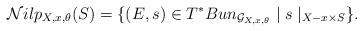
LaTeX: \begin{align*}\mathcal{N}ilp_{X,x,\theta}(S) = \{ (E,s) \in T^*Bun_{\mathcal{G}_{X,x,\theta}} \mid s\mid_{X-x \times S} \}.\end{align*}